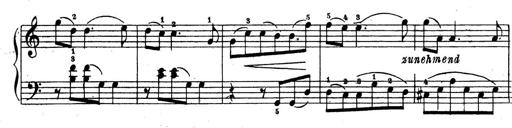
Title: 10 Sonatinas
Composer: Fritz Spindler